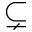
\subsetneq